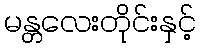
မန္တလေးတိုင်းနှင့်